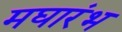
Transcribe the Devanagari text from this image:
मघारंभ